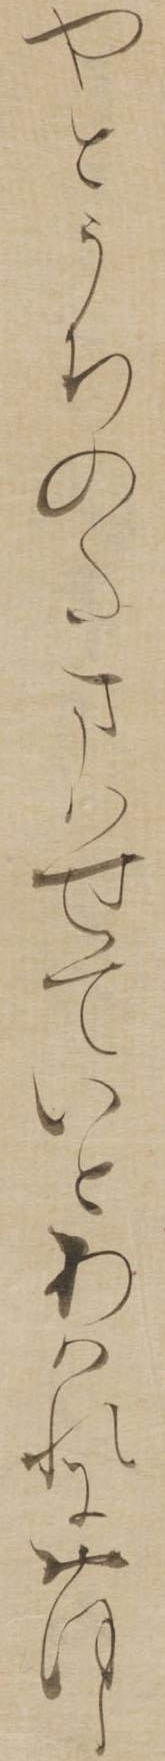
やとうちのたまはせていとあはれにおほし